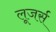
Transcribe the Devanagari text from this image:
लूजर्स